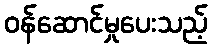
ဝန်ဆောင်မှုပေးသည့်